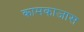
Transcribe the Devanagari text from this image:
कामकाजास